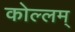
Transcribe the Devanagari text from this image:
कोल्लम्